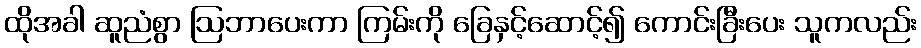
ထိုအခါ ဆူညံစွာ ဩဘာပေးကာ ကြမ်းကို ခြေနှင့်ဆောင့်၍ ကောင်းခြီးပေး သူကလည်း